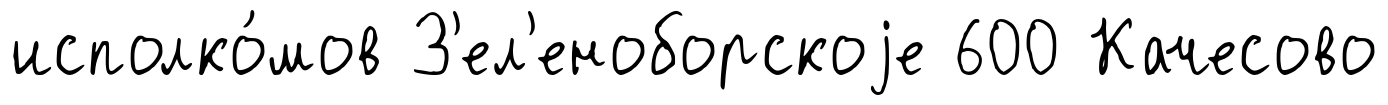
исполко́мов З'ел'еноборскоjе 600 Качесово